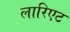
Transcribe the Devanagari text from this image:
लारिएट